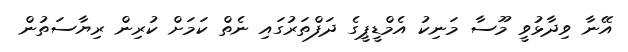
އޭނާ ވިދާޅުވީ މޫސާ މަނިކު އެމްޑީޕީގެ ދަފްތަރުގައި ނެތް ކަމަށް ކުރިން ރިޔާސަތުން